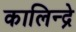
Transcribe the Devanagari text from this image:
कालिन्द्रे